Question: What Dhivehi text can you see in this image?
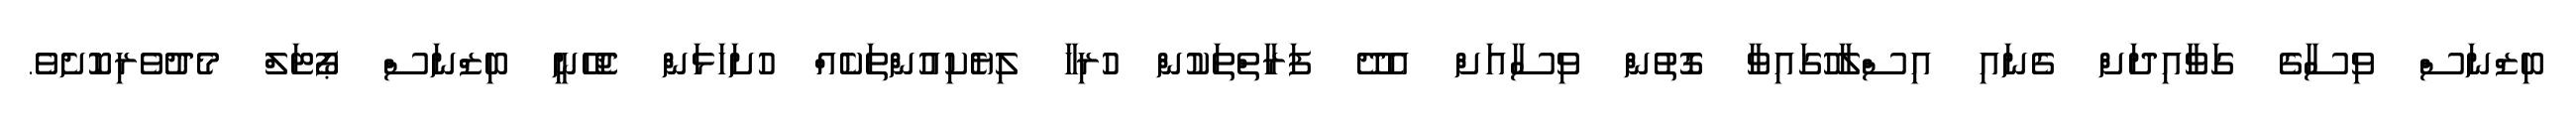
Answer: ބިޒްނަސް ވިސާގެ ގަވާއިދަށް ގެނައި އިސްލާހުގައިވާ ގޮތުން ވިސާއަށް އެދޭ ފަރާތްތަކުން ހުރިހާ ލިޔެކިއުންތަކެއް ހުށަހަޅަން ޖެހޭނީ ބިޒްނަސް ޕޯޓަލް މެދުވެރިކޮށެވެ.